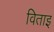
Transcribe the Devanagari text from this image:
विताइ